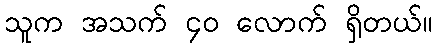
သူက အသက် ၄၀ လောက် ရှိတယ်။